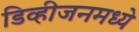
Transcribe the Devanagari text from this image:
डिव्हीजनमध्ये